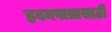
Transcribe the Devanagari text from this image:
हवनपात्रासाठी